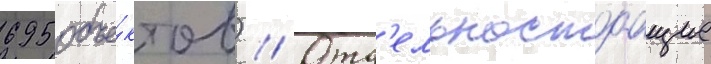
695 объе́ктов) // Отд'ельностоащие